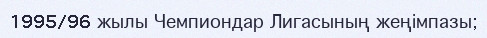
1995/96 жылы Чемпиондар Лигасының жеңімпазы;